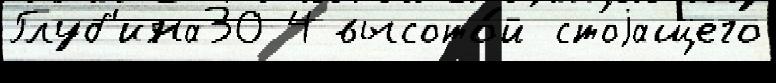
Глуб'ина30 4 высото́й стоjащего